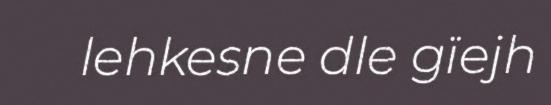
lehkesne dle gïejh